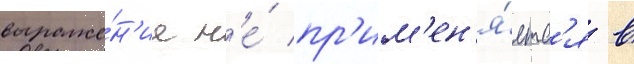
выраже́н'ие н'е́ пр'им'ен'я́етс'я в